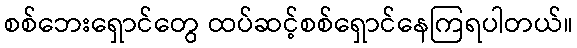
စစ်ဘေးရှောင်တွေ ထပ်ဆင့်စစ်ရှောင်နေကြရပါတယ်။